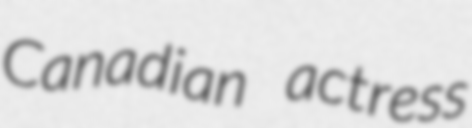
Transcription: Canadian actress